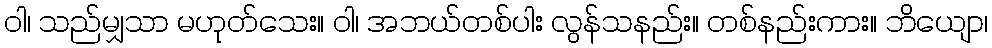
ဝါ၊ သည်မျှသာ မဟုတ်သေး။ ဝါ၊ အဘယ်တစ်ပါး လွန်သနည်း။ တစ်နည်းကား။ ဘိယျော၊